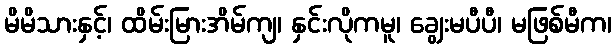
မိမိသားနှင့်၊ ထိမ်းမြားအိမ်ကျ၊ နှင်းလိုကမူ၊ ချွေးမပီပီ၊ မဖြစ်မီက၊